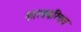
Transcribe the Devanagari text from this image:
शास्त्रपरिचय